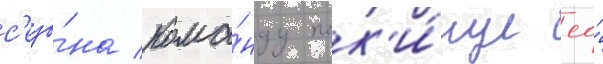
с'езо́на кома́нду пок'и́нул ео́